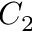
C _ { 2 }